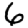
Digit: 6